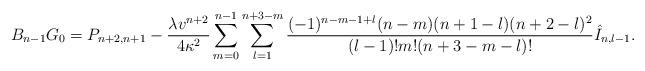
LaTeX: \begin{align*} B_{n-1}G_0=P_{n+2,n+1}-\frac{\lambda v^{n+2}}{4\kappa^2}\sum_{m=0}^{n-1}\sum_{l=1}^{n+3-m}\frac{(-1)^{n-m-1+l}(n-m)(n+1-l)(n+2-l)^2}{(l-1)!m!(n+3-m-l)!}\hat{I}_{n,l-1}.\end{align*}